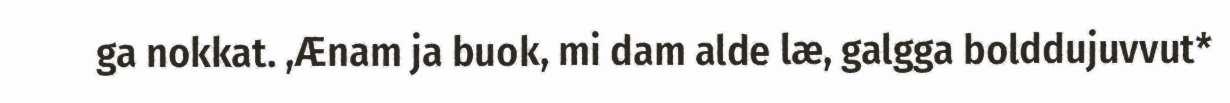
ga nokkat. ,Ænam ja buok, mi dam alde læ, galgga bolddujuvvut*